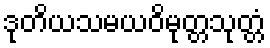
ဒုတိယသမယဝိမုတ္တသုတ္တံ